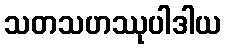
သတသဟဿုပါဒါယ